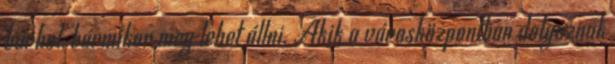
bárhol, bármikor meg lehet állni. Akik a városközpontban dolgoznak